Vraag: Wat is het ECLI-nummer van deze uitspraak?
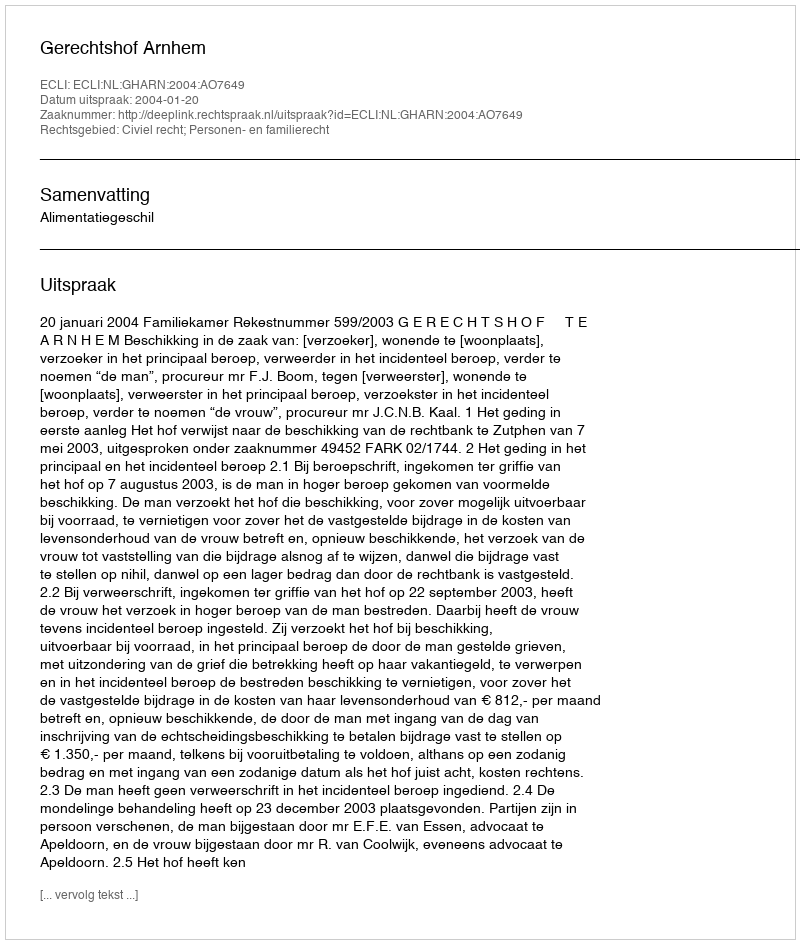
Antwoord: ECLI:NL:GHARN:2004:AO7649